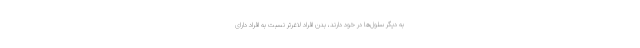
به دیگر سلول‌ها در خود دارند، بدن افراد لاغرتر نسبت به افراد دارای